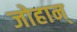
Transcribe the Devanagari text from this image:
जोहान्